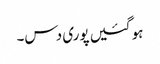
ہو گئیں پوری دس۔